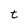
Character: t